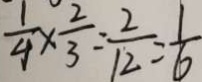
\frac { 1 } { 4 } \times \frac { 2 } { 3 } = \frac { 2 } { 1 2 } = \frac { 1 } { 6 }